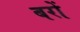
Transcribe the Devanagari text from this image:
बरों